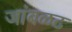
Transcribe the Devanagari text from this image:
जांबळट